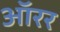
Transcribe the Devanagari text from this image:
ऑरर